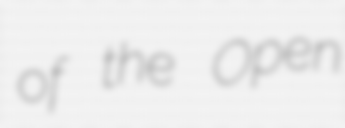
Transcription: of the Open